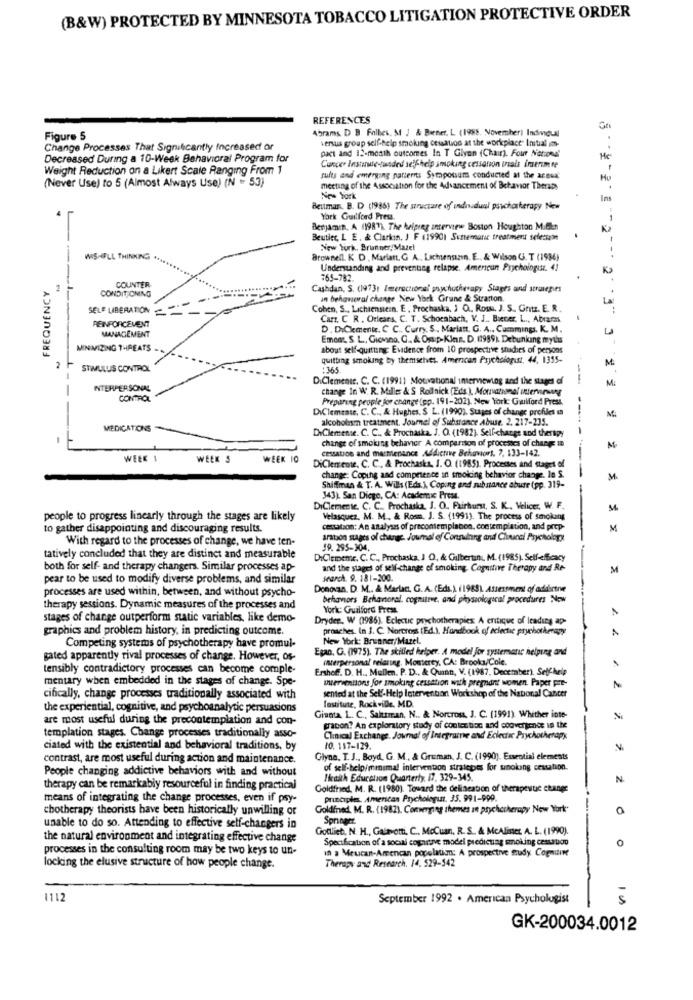
(B&W) PROTECTED BY MINNESOTA TOBACCO LITIGATION PROTECTIVE ORDER
REFERENCES
Abrams D B Folhes, M1 ; & Biener. L (1988. November) Individual
Figure 5
versus group self-help smoking cessation at the workplace" Instal on-
Change Processes That Significantly Increased or
Decreased During a 10-Week Behavioral Program for
pact and 12-month outcomes In T Glyon (Chair). Four Nations
He
Weight Reduction on a Likert Scale Ranging From 1
Cancer Institute-funded self-help smoking cessation inals imerim te
(Never Use) to 5 (Almost Always Use) (N = 53)
rufts and emerging patterns Symposium conducted at the acsua'
meeting of the Association for the Advancement of Behavior Therapy
New York
Ins
Bestman. B. D (1986) The structure of indiadual psychotherapy Niew
York Guilford Press.
Benjamin, A (1987). The helpreg interview Boston Houghton MiBin
Beutler, L E . & Clarkin, J F (1990) Sunemanic treatment selectam
New York. Brinner Mazel
WIS-ILL THINKING .
Brownell, K D , Marlant, G A .. Lachensızın. E ., & Wilson G. T (1936)
Understanding and preventing relapse. American Psychologist. 41
FREQUENCY
COUNTER
765-782.
1
CONDITIONING
Cashdan, S. (19731 Imerectional psychotherapy Stages and strategies
an behavioral change New York Grune & Starton.
SELE LIBERATION
- -
Cohen, S ., Lichiensicin, E , Prochaska, ) O .. Ros, J. S. Gritz. E. R.
REINFORCEMENT
Carz. C R . Orleans, C. T. Schocabach, V. J ., Becer. L ., Abraras
D. DiClemente. C. C ., Curry. S ., Mariatt. G. A ., Cummings, K. M.
MANAGEMENT
Emens, S.L ., Giovino, C ., & Omp-Klas. D. 17989) Debunking myths
MINIMIZING THREATS
about self-quitting: Evidence from 10 prospective studies of persons
quitting smoking by themselves. American Psychologist. 44, 1355-
M
STIMULUS CONTROL
365
DiClemente. C. C. (19911 Mouwational imerviewing and the stages of
--
M
-
INTERPERSONAL
change In W. R. Miller & S Rolnick (Eds.), Mouranommal interviewy
CONTROL
Preparing people for change (sp. 191-202). New York Gwiford Press,
DiClemease, C. C ., & Hughes. $ L. (1990). Stages of change profiles
alcoholism treatment. Journel of Substance Abuse. 2. 217-235.
Mi
MEDICATIONS
CiClemense. C. C ., & Prochaska. J. O. (1982). Self-change and therapy
change of smoking behavior A comparison of processes of change
cessation and marmenance Addictive Behaviors. 7. 133-142.
M
WEEK 1
WEEK S
WEEK 10
---
DiClemente, C. C ., & Prochaska, 1. O. (1985). Processes and stages of
change: Coping and competence in smoking behavior change. In S.
--
M
Shiffman & T. A. Wills (Eds.), Coping and substance abuse (pp. 319-
343) San Diego, CA: Academic Press.
-
DiClemente. C. C .. Prochaska, J. O. Fairburu, S. K ., Velicer, W. F.
people to progress linearly through the stages are likely
Velasquez, M. M ., & Rosm. J. S. (1991). The process of smoking
to gather disappointing and discouraging results.
cessation: An analysis of precontemplation, contemplation, and prep
M
With regard to the processes of change, we have ten-
aration stages of change. Journal of Consulting and Chucal Psychology
tatively concluded that they are distinct and measurable
DiClememe. C. C ., Prochaska, J O, & Gilbertinu, M. (1985). Self-efficacy
both for self- and therapy changers. Similar processes ap-
and the stages of self-change of smoking, Cognitive Therapy and Re
M
pear to be used to modify diverse problems, and similar
search. 9. 181-200.
processes are used within, between, and without psycho-
Donovan. D. M ., & Marlact, G. A. (Eds.) (1988) Assessment of addbrtne
behaviors Behavioral, cognitive, and physiological procedures Now
therapy sessions. Dynamic measures of the processes and
York: Guilford Press.
stages of change outperform static variables, like demo-
Dryder, W (1986). Eclectic psychotherapies: A critique of leading ap-
graphics and problem history, in predicting outcome.
prosches. In J. C. Norcross (Ed.), Handbook of eclectic psychotherapy
New York: Brunner/Mazel.
Competing systems of psychotherapy have promul-
Egan, G. (1975). The skilled helper. A model for systematic helping and
gated apparently rival processes of change. However, os-
interpersonal relating, Monterey, CA: Brooks/Cole.
tensibly contradictory processes can become comple-
Ershof. D. H ., Mullen. P. D ., & Quinn, V. (1987, December). Self-help
mentary when embedded in the stages of change. Spe-
wuerventions for smoking cessation with pregnant women. Paper pre-
cifically, change processes traditionally associated with
sented at the Self-Help Intervention Workshop of the National Cancer
the experiential, cognitive, and psychoanalytic persuasions
fostitute, Rock ville, MD.
are most useful during the precontemplation and con-
Giunta L. C ., Saktiman, N .. & Norcross, J. C. (1991). Whither inte-
N
gracon? An exploratory study of contention and convergence in the
templation stages. Change processes traditionally asso-
Clinical Exchange. Journal of Integrame and Eclectic Psychotherapy
ciated with the existential and behavioral traditions, by
10. 117-129.
contrast, are most useful during action and maintenance.
Glyne. T. J ., Boyd, G. M ., & Gruman, J. C. (1990). Essential elements
People changing addictive behaviors with and without
of self-help/minimal intervention stratepts for smoking cessation.
Heaith Education Quarterly, /7. 329-345.
N
therapy can be remarkably resourceful in finding practical
Goldfred, M. R. (1980). Toward the delineation of therapewuc change
means of integrating the change processes, even if psy-
principles. American Psychologi. 35. 991-999.
chotherapy theorists have been historically unwilling or
Goldfrved, M. R. (1982), Converging themes in psychotherapy New York
0
Springer
unable to do so. Attending to effective self-changers in
Gotlieb, N. H ., Galeotti C. McCuan. R. S. & McAliner A. L. (1990).
the natural environment and integrating effective change
Specification of a socal cognrave model predicting smoking cestudo
0
processes in the consulting room may be two keys to un-
in a Meucan-Amencan popelatin: A prospective study Cognitive
Therapy and Research. 14. 529-542
locking the elusive structure of how people change.
1112
September 1992 . American Psychologist
GK-200034.0012